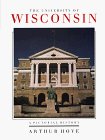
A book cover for The University Of Wisconsin: A Pictorial History; Arthur O. Hove; Travel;